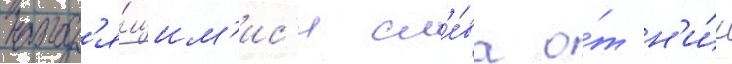
наход'я́щим'ис'я сл'е́ва о́т н'и́х